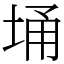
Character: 埇